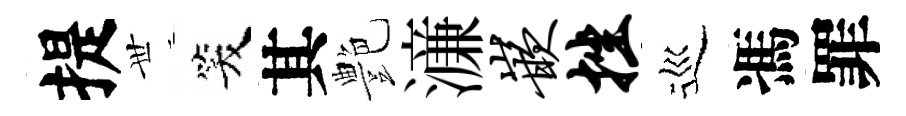
提𠀍笑其艶濓嵌挫巡馮罪